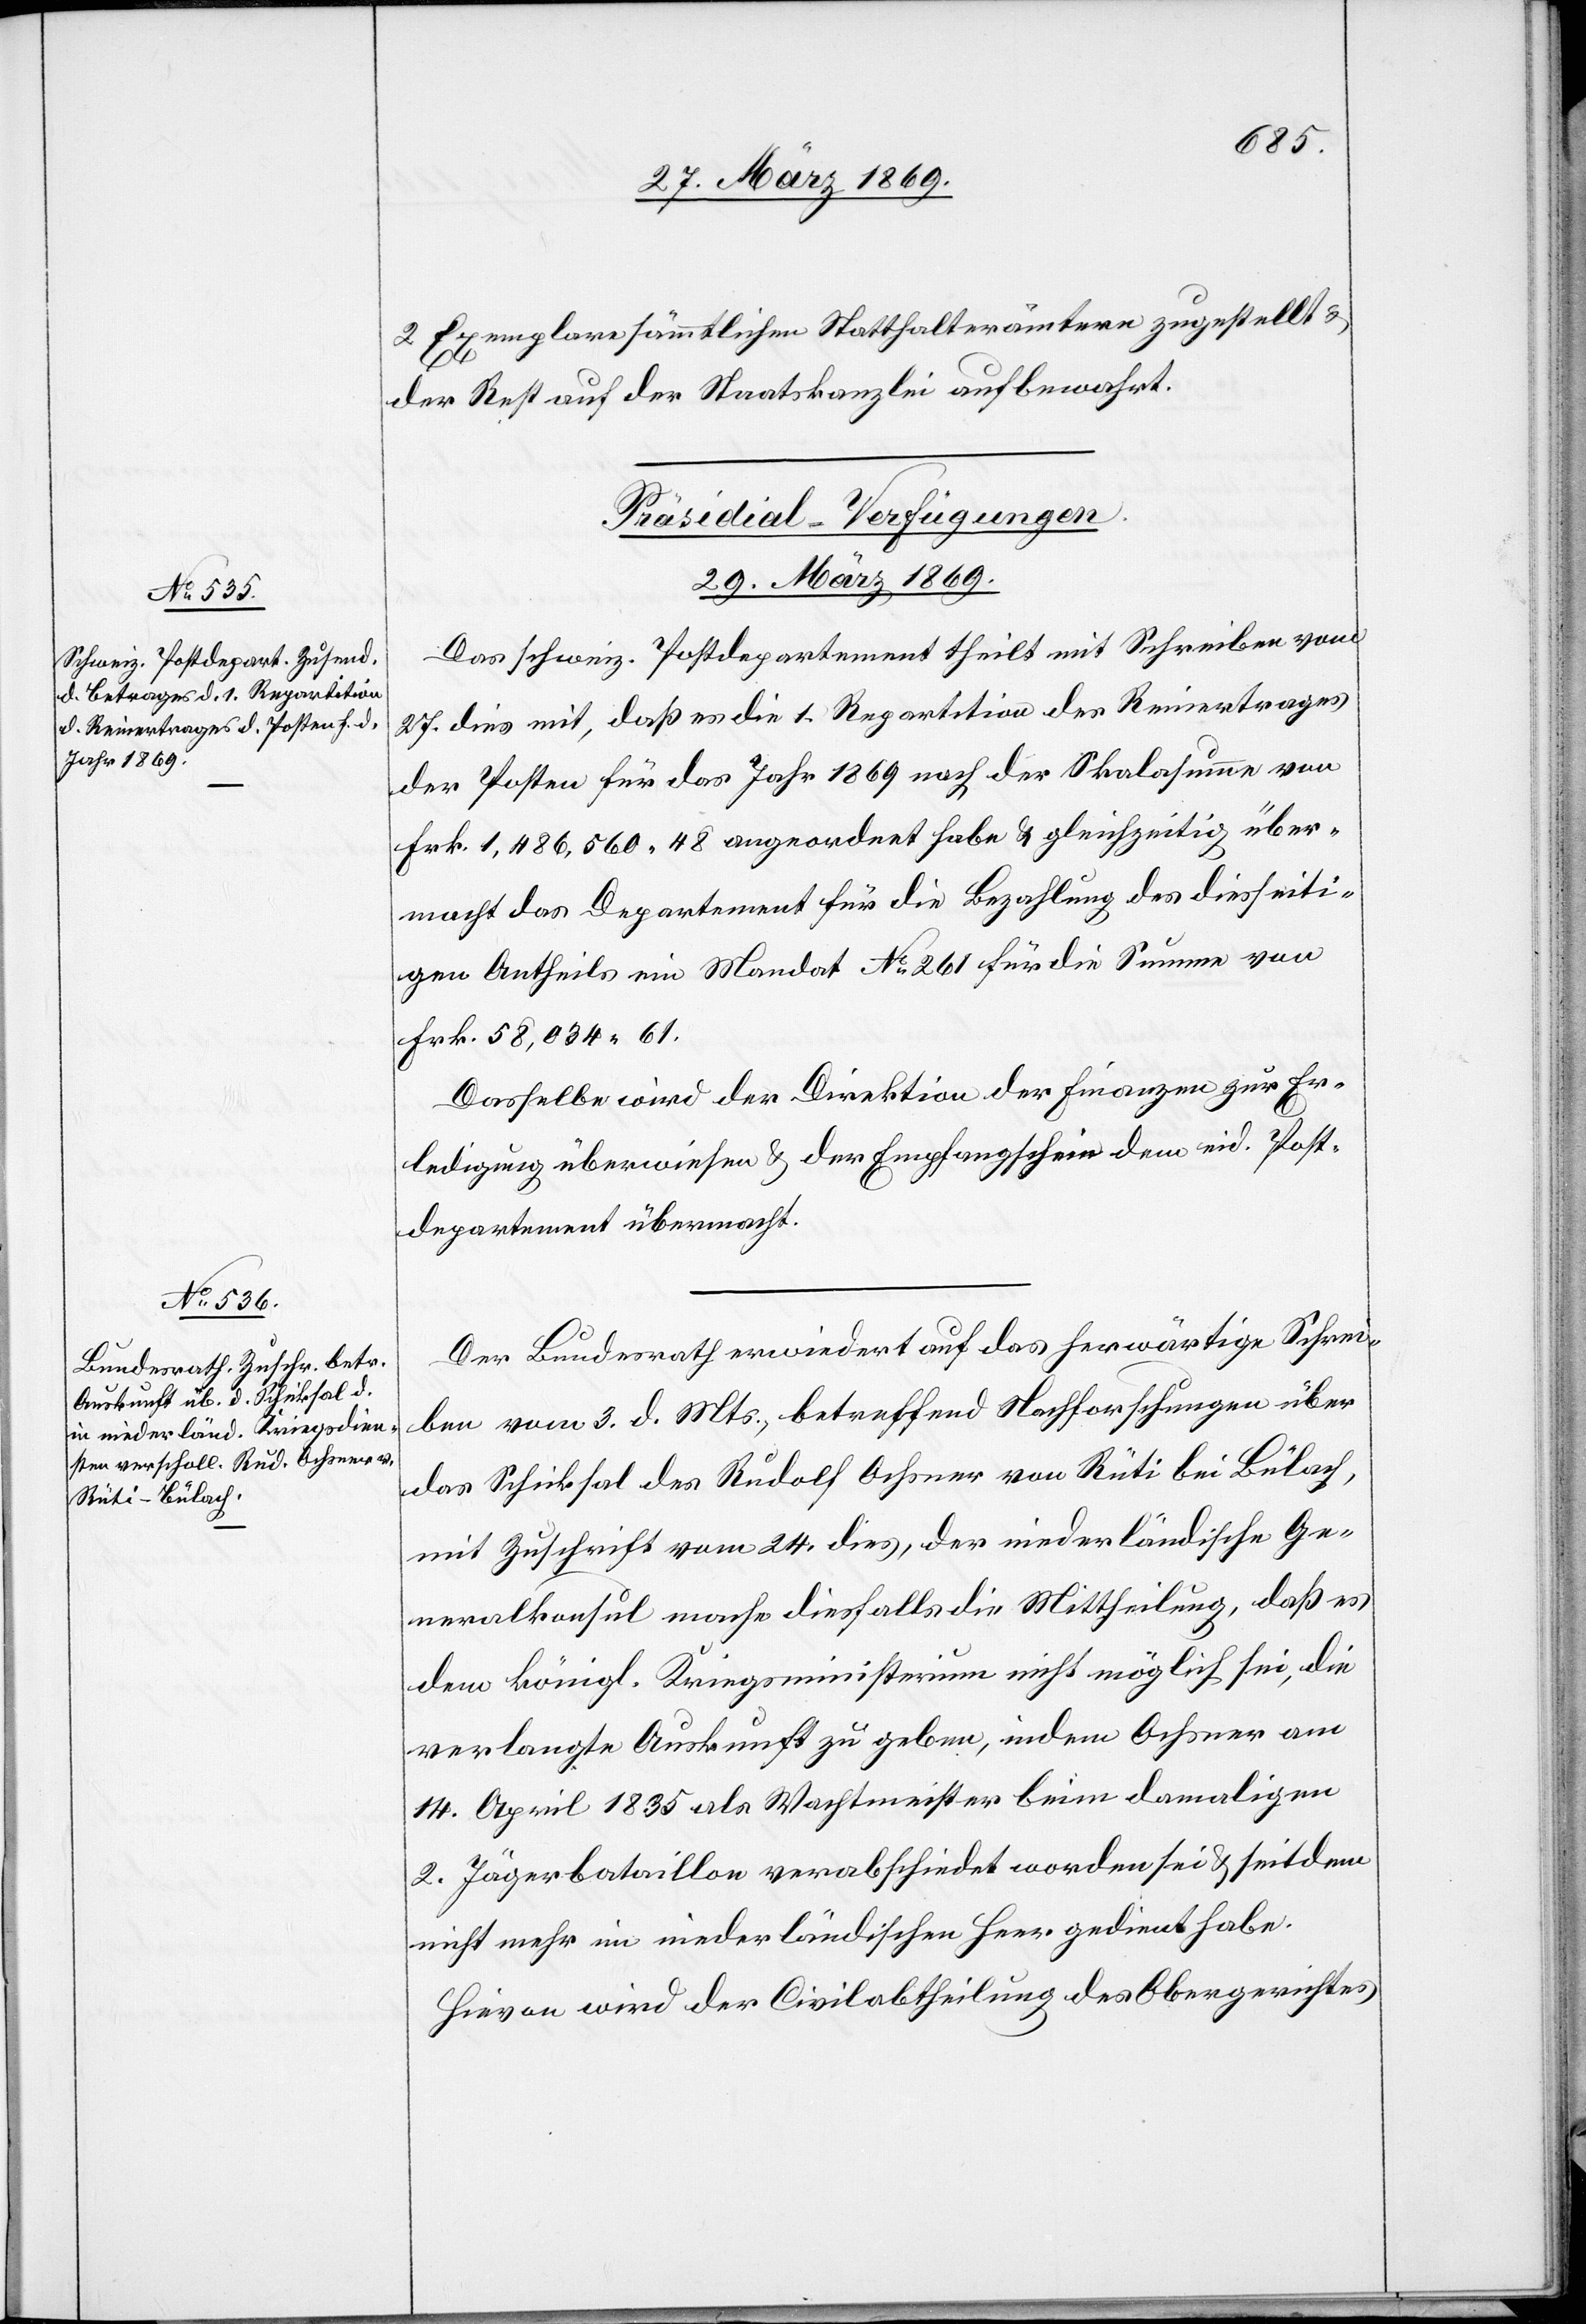
2 Exemplare sämmtlichen Statthalterämtern zugestellt u.
der Rest auf der Staatskanzlei aufbewahrt.
[Präsidial-Verfügungen.
29. März 1869.]
Das schweiz. Postdepartement theilt mit Schreiben vom
27. dies mit, daß es die 1. Repartition des Reinertrages
der Posten für das Jahr 1869 nach der Skalasumme von
Frk. 1,486,560.48 angeordnet habe u. gleichzeitig über¬
macht das Departement für die Bezahlung des diesseiti¬
gen Antheils ein Mandat N°261 für die Summe von
Frk. 58,034.61.
Dasselbe wird der Direktion der Finanzen zur Er¬
ledigung überwiesen u. der Empfangsschein dem eid. Post¬
departement übermacht.
Der Bundesrath erwiedert auf das herwärtige Schrei¬
ben vom 3. d. Mts., betreffend Nachforschungen über
das Schicksal des Rudolf Ochsner von Rüti bei Bülach,
mit Zuschrift vom 24. dies, der niederländische Ge¬
neralkonsul mache diesfalls die Mittheilung, daß es
den königl. Kriegsministerium nicht möglich sei, die
verlangte Auskunft zu geben, indem Ochsner am
14. April 1835 als Wachtmeister beim damaligen
2. Jägerbataillon verabschiedet worden sei u. seitdem
nicht mehr im niederländischen Heer gedient habe.
Hievon wird der Civilabtheilung des Obergerichtes